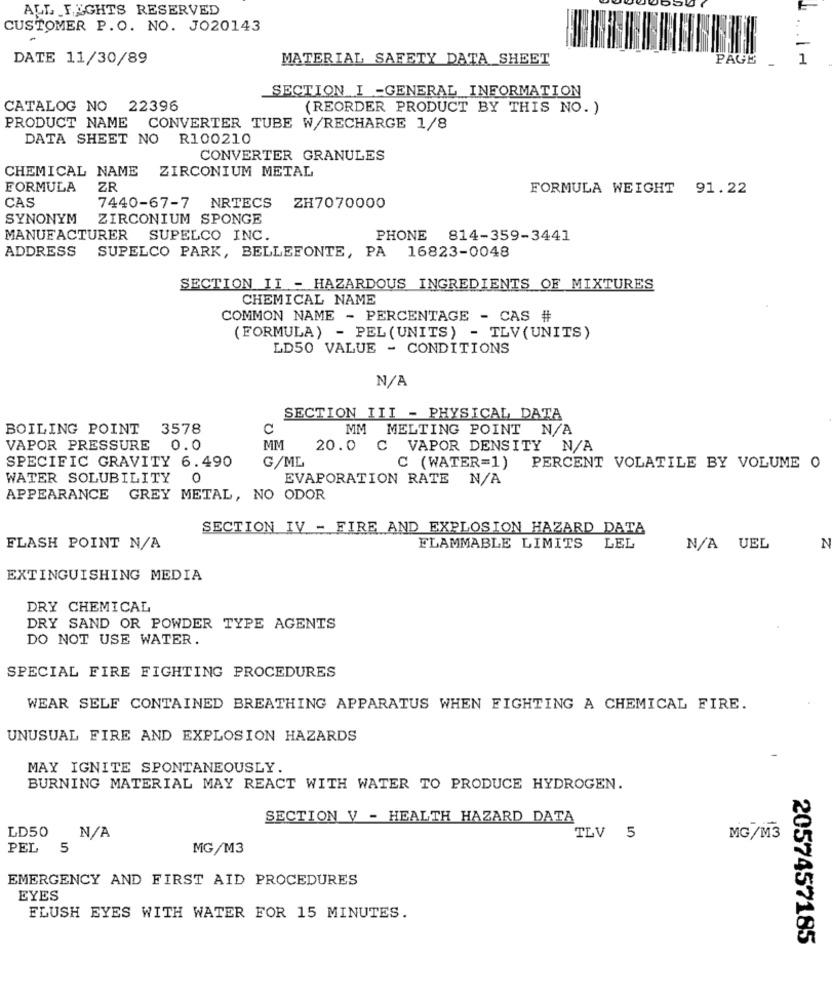
ALL FIGHTS RESERVED
CUSTOMER P.O. NO. JO20143
-
DATE 11/30/89
MATERIAL SAFETY DATA SHEET
PAGE
1
SECTION I -GENERAL INFORMATION
CATALOG NO
22396
(REORDER PRODUCT BY THIS NO. )
PRODUCT NAME
CONVERTER TUBE W/RECHARGE 1/8
DATA SHEET NO
R100210
CONVERTER GRANULES
CHEMICAL NAME
ZIRCONIUM METAL
FORMULA
ZR
FORMULA WEIGHT 91.22
CAS
7440-67-7 NRTECS
ZH7070000
SYNONYM
ZIRCONIUM SPONGE
MANUFACTURER SUPELCO INC.
PHONE 814-359-3441
ADDRESS
SUPELCO PARK, BELLEFONTE, PA 16823-0048
SECTION II - HAZARDOUS INGREDIENTS OF MIXTURES
CHEMICAL NAME
COMMON NAME - PERCENTAGE - CAS #
(FORMULA) - PEL (UNITS) - TLV(UNITS)
LD50 VALUE - CONDITIONS
SECTION III - PHYSICAL DATA
BOILING POINT
3578
C
MM MELTING POINT N/A
VAPOR PRESSURE 0.0
MM
20.0 C
VAPOR DENSITY N/A
G/ML
SPECIFIC GRAVITY 6.490
C (WATER=1)
PERCENT VOLATILE BY VOLUME O
WATER SOLUBILITY
0
EVAPORATION RATE N/A
APPEARANCE GREY METAL, NO ODOR
SECTION IV - FIRE AND EXPLOSION HAZARD DATA
FLASH POINT N/A
FLAMMABLE LIMITS
LEL
N/A VEL
N
EXTINGUISHING MEDIA
DRY CHEMICAL
DRY SAND OR POWDER TYPE AGENTS
DO NOT USE WATER.
SPECIAL FIRE FIGHTING PROCEDURES
WEAR SELF CONTAINED BREATHING APPARATUS WHEN FIGHTING A CHEMICAL FIRE.
UNUSUAL FIRE AND EXPLOSION HAZARDS
MAY IGNITE SPONTANEOUSLY.
BURNING MATERIAL MAY REACT WITH WATER TO PRODUCE HYDROGEN.
SECTION V - HEALTH HAZARD DATA
LD50
TLV 5
MG/M3
PEL
5
MG/M3
EMERGENCY AND FIRST AID PROCEDURES
EYES
FLUSH EYES WITH WATER FOR 15 MINUTES.
2057457185